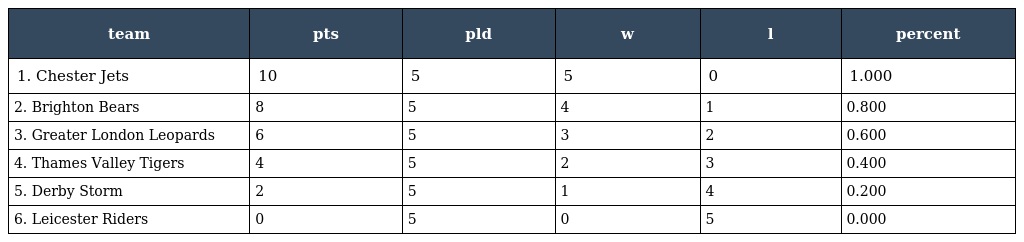
| team | pts | pld | w | l | percent |
 | --- | --- | --- | --- | --- | --- |
 | 1. Chester Jets | 10 | 5 | 5 | 0 | 1.000 |
 | 2. Brighton Bears | 8 | 5 | 4 | 1 | 0.800 |
 | 3. Greater London Leopards | 6 | 5 | 3 | 2 | 0.600 |
 | 4. Thames Valley Tigers | 4 | 5 | 2 | 3 | 0.400 |
 | 5. Derby Storm | 2 | 5 | 1 | 4 | 0.200 |
 | 6. Leicester Riders | 0 | 5 | 0 | 5 | 0.000 |